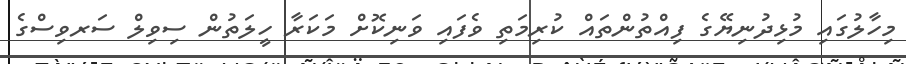
މިހާލުގައި މުޅިދުނިޔޭގެ ފިއްތުންތައް ކުރިމަތި ވެފައި ވަނިކޮށް މަކަރާ ހީލަތުން ސިވިލް ސަރވިސްގެ